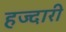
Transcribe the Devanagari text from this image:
हज्दारी